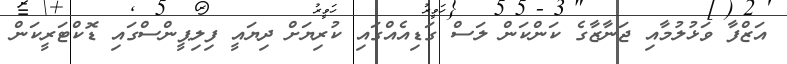
އަޒްފާ ވަޅުލުމާއި ޖަނާޒާގެ ކަންކަން ލަސް ގަޑިއެއްގައި ކުރިޔަށް ދިޔައީ ފިލިޕީންސްގައި ޑޮކްޓަރީކަން